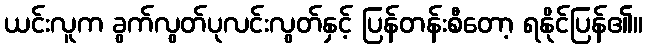
ယင်းလူက ခွက်လွတ်ပုလင်းလွတ်နှင့် ပြန်တန်းစီတော့ ရနိုင်ပြန်၏။